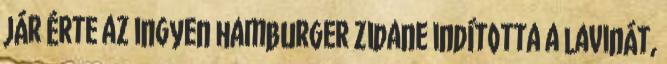
jár érte az ingyen hamburger Zidane indította a lavinát,